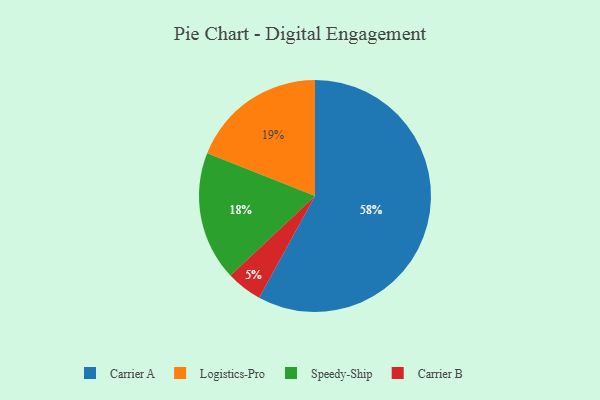
{"axis": {"x": "Category", "y": "Percentage"}, "legend": ["Carrier A", "Carrier B", "Logistics-Pro", "Speedy-Ship"], "data": [{"x": "Carrier A", "y": 58, "type": "Carrier A"}, {"x": "Logistics-Pro", "y": 19, "type": "Logistics-Pro"}, {"x": "Speedy-Ship", "y": 18, "type": "Speedy-Ship"}, {"x": "Carrier B", "y": 5, "type": "Carrier B"}]}